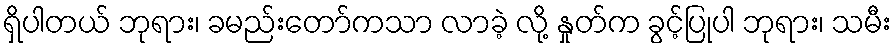
ရှိပါတယ် ဘုရား၊ ခမည်းတော်ကသာ လာခဲ့ လို့ နှုတ်က ခွင့်ပြုပါ ဘုရား၊ သမီး